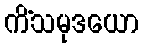
ကိံသမုဒယော